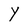
Character: Y